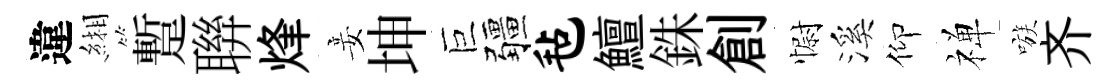
違緗蹔聨烽妾坤巨疆毡鱣銖創𢠢溪仰禅嗾齐